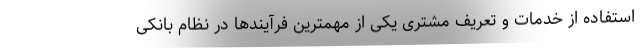
استفاده از خدمات و تعریف مشتری یکی از مهمترین فرآیندها در نظام بانکی